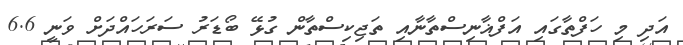
އަދި މި ހަފްތާގައި އަފްޣާނިސްތާނާއި ތަޖިކިސްތާން ގުޅޭ ބޯޑަރު ސަރަހައްދަށް ވަނީ 6.6